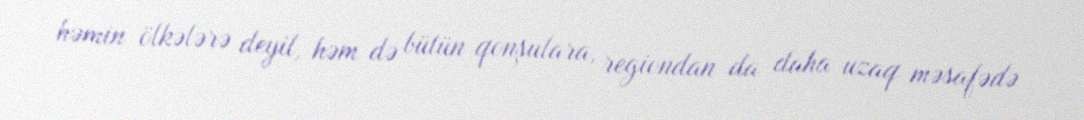
həmin ölkələrə deyil, həm də bütün qonşulara, regiondan da daha uzaq məsafədə